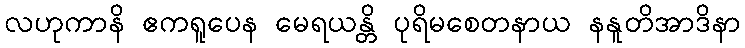
လဟုကာနိ ဧကရူပေန မေရယန္တိ ပုရိမစေတနာယ နနူတိအာဒိနာ